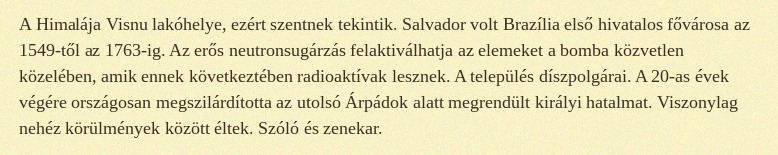
A Himalája Visnu lakóhelye, ezért szentnek tekintik. Salvador volt Brazília első hivatalos fővárosa az 1549-től az 1763-ig. Az erős neutronsugárzás felaktiválhatja az elemeket a bomba közvetlen közelében, amik ennek következtében radioaktívak lesznek. A település díszpolgárai. A 20-as évek végére országosan megszilárdította az utolsó Árpádok alatt megrendült királyi hatalmat. Viszonylag nehéz körülmények között éltek. Szóló és zenekar.